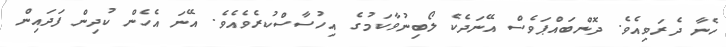
ހެނާ ދެރަވިއެވެ. ދޮންބައްޕަވެސް އޭނަދެކެ ލޯބިނުވާކަމުގެ އިހުސާސްކުރެވެއެވެ. އޭނަ އެހެން ކުދިން ފަދައިން